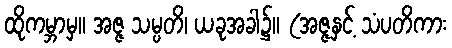
ထိုကမ္ဘာမှ။ အဇ္ဇ သမ္ပတိ၊ ယခုအခါ၌။ (အဇ္ဇနှင့် သံပတိကား